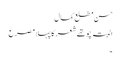
حسن مطلع کمال
البتہ چو تھے شعر کا پہلا مصرع
۔